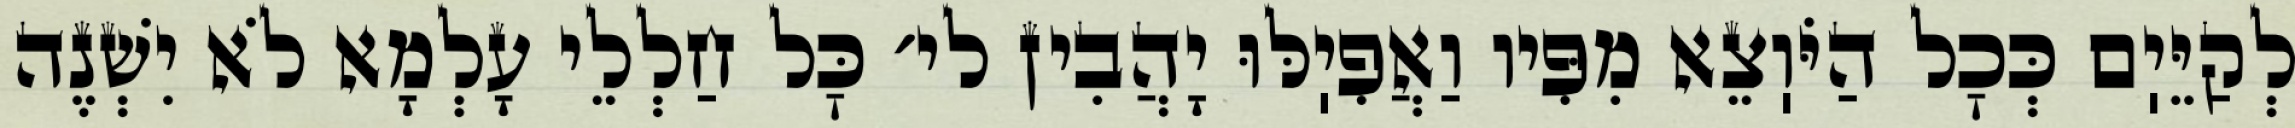
לְקַיֵּיֽם כְּכׇל הַיֹּוֽצֵא מִפִּיו וַאֲפִיֽלּוּ יָהֲבִין לי׳ כׇּל חַלְלֵי עָלְמָא לֹא יִשְׁנֶה